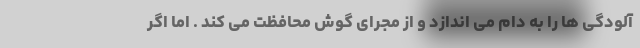
آلودگی ها را به دام می اندازد و از مجرای گوش محافظت می کند . اما اگر